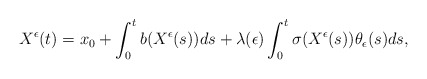
\begin{align*} X^{\epsilon}(t)&=x_{0}+\int^{t}_{0}b(X^{\epsilon}(s))ds+\lambda(\epsilon)\int^{t}_{0}\sigma(X^{\epsilon}(s))\theta_{\epsilon}(s)ds,\end{align*}